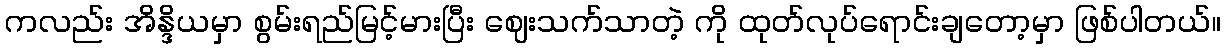
ကလည်း အိန္ဒိယမှာ စွမ်းရည်မြင့်မားပြီး ဈေးသက်သာတဲ့ ကို ထုတ်လုပ်ရောင်းချတော့မှာ ဖြစ်ပါတယ်။